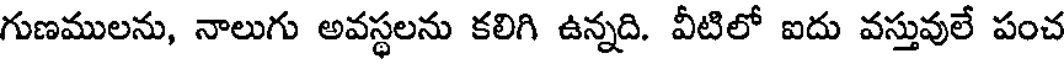
గుణములను, నాలుగు అవస్థలను కలిగి ఉన్నది. వీటిలో ఐదు వస్తువులే పంచ